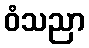
ဝံသညာ